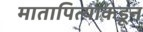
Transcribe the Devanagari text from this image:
मातापित्याकडून